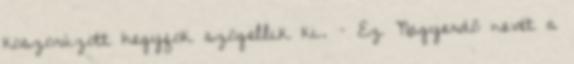
koszorúzott hegyfok szögellik ki. – Ez Nagyerdő nevét a